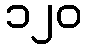
၁၂၀